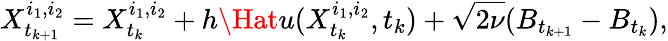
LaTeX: X_{t_{k+1}}^{i_{1},i_{2}}=X_{t_{k}}^{i_{1},i_{2}}+h\Hat{u}(X_{t_{k}}^{i_{1},i_{2}},t_{k})+\sqrt{2\nu}(B_{t_{k+1}}-B_{t_{k}}),